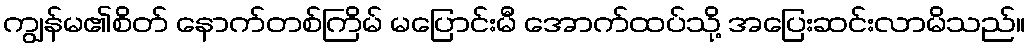
ကျွန်မ၏စိတ် နောက်တစ်ကြိမ် မပြောင်းမီ အောက်ထပ်သို့ အပြေးဆင်းလာမိသည်။